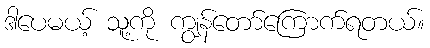
ဒါပေမယ့် သူ့ကို ကျွန်တော်ကြောက်ရတယ်။